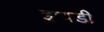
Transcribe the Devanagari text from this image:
झबडी